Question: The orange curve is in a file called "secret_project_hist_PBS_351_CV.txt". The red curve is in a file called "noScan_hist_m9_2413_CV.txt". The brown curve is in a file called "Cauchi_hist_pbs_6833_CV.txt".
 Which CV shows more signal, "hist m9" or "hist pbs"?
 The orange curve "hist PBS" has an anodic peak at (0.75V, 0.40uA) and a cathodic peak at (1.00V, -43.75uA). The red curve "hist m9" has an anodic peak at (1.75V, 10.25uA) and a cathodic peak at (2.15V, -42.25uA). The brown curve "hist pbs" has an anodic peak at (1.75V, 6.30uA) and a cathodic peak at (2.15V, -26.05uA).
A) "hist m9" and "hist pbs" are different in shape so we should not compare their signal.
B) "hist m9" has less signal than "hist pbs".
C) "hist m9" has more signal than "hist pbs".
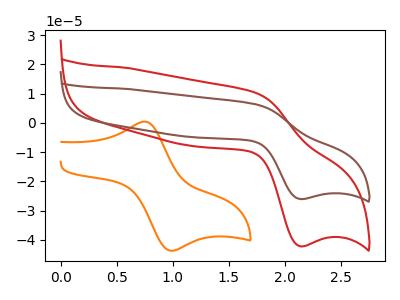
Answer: <think>All the peaks in "hist m9" have a peak in "hist pbs" at the same potential. Every peak in "hist m9" is higher than every peak in "hist pbs".
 </think>
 <answer>C) "hist m9" has more signal than "hist pbs".</answer>
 <eval>C</eval>